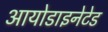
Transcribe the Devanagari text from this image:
आयोडाइनेटेड